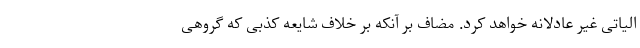
الیاتی غیر عادلانه خواهد کرد. مضاف بر آنکه بر خلاف شایعه کذبی که گروهی